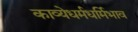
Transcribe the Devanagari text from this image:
काव्येधर्मधर्मिभाव